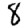
Digit: 8